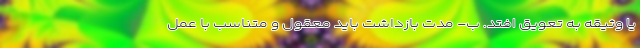
یا وثیقه به تعویق افتد. ب- مدت بازداشت باید معقول و متناسب با عمل